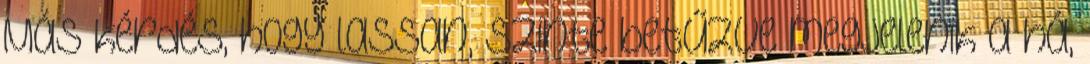
Más kérdés, hogy lassan, szinte betűzve megjelenik a há,